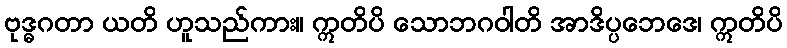
ဗုဒ္ဓဂတာ ယတိ ဟူသည်ကား။ ဣတိပိ သောဘဂဝါတိ အာဒိပ္ပဘေဒေ၊ ဣတိပိ